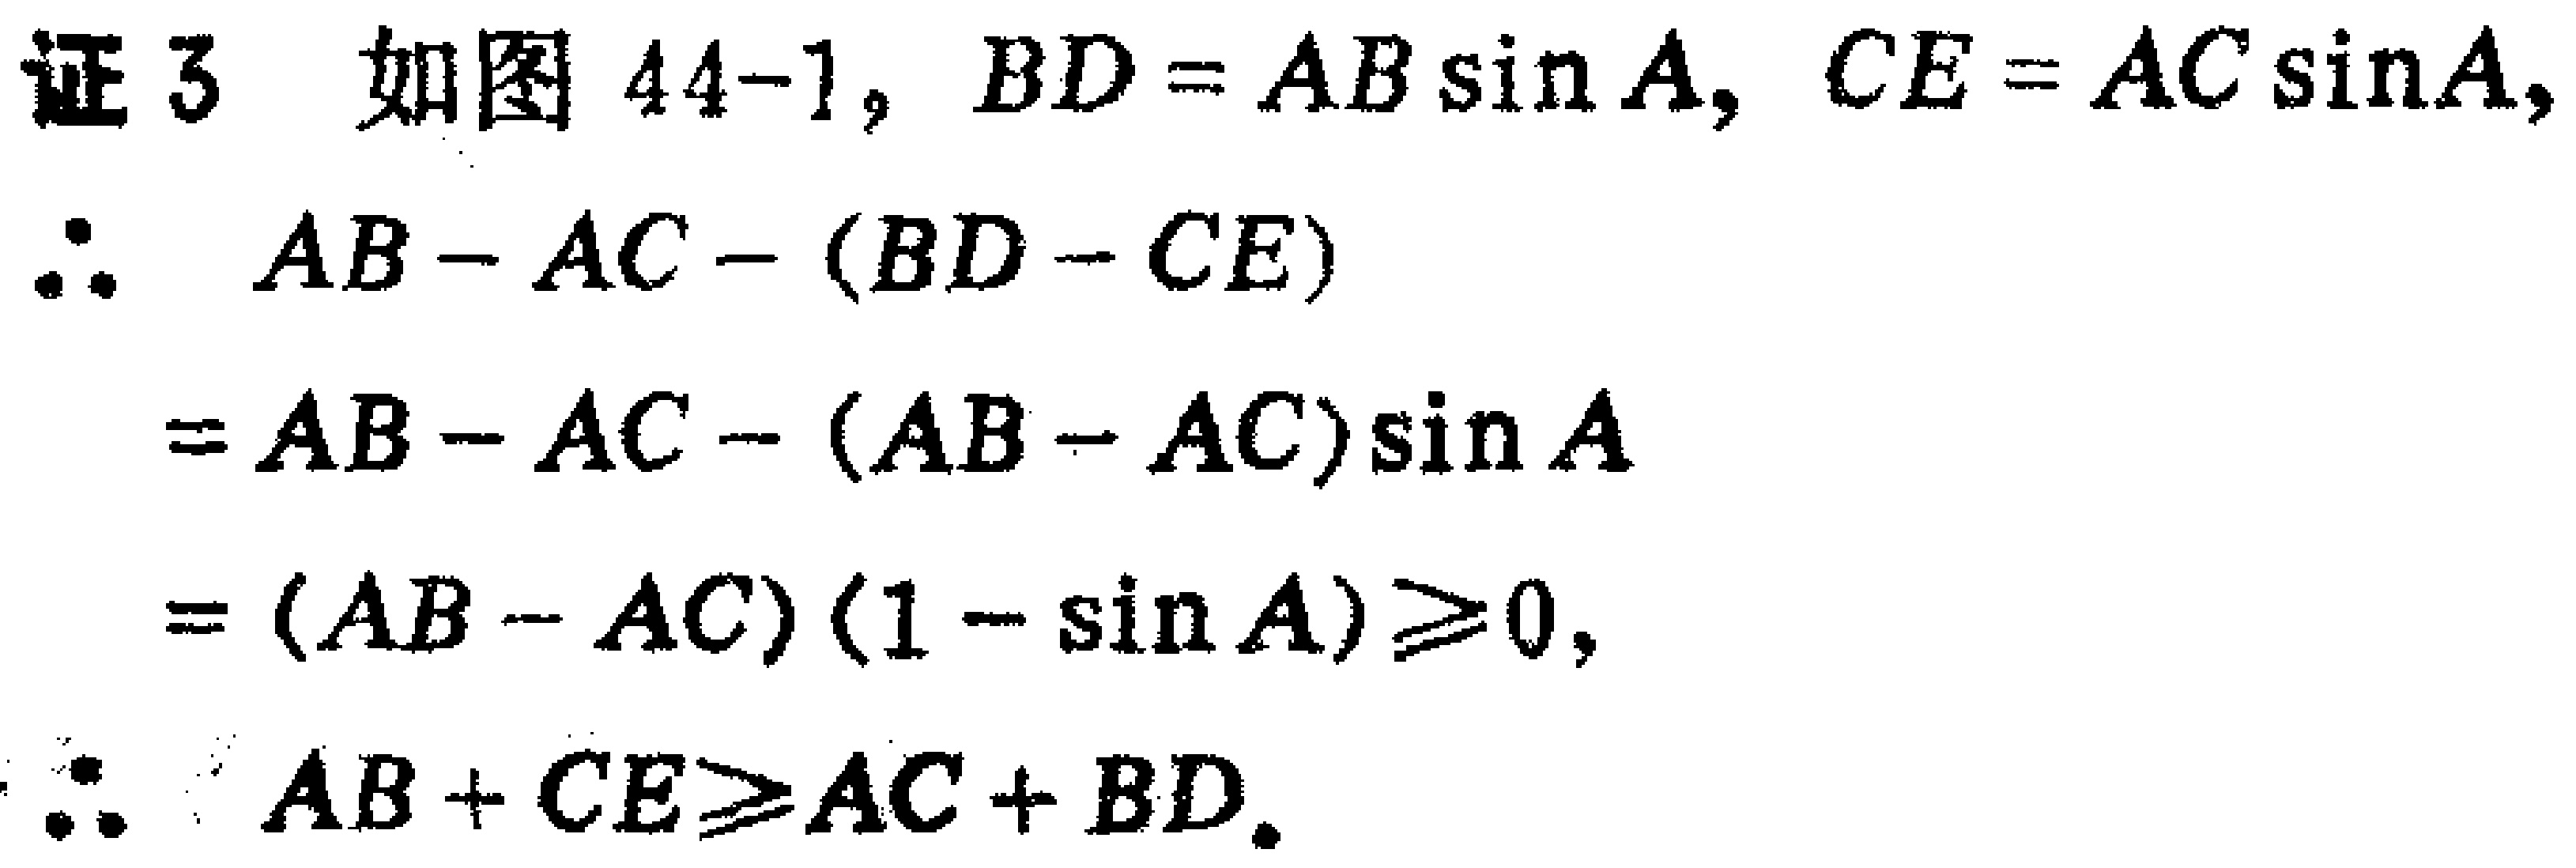
证 3 如图 44-1, \(BD = AB\sin A\), \(CE = AC\sin A\),
\(\therefore\) \(AB - AC-(BD - CE)\)
\(=AB - AC-(AB - AC)\sin A\)
\(=(AB - AC)(1 - \sin A)\geqslant0\),
\(\therefore\) \(AB + CE\geqslant AC + BD\).